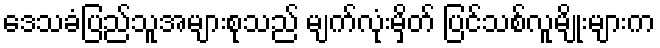
ဒေသခံပြည်သူအများစုသည် မျက်လုံးမှိတ် ပြင်သစ်လူမျိုးများက